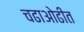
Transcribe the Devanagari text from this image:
चढाओढीत